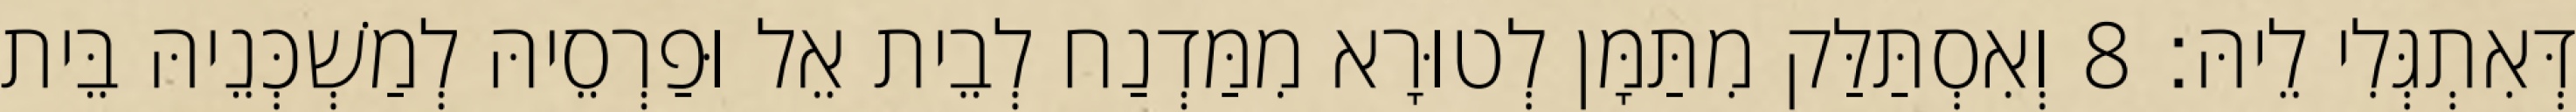
דְּאִתְגְּלִי לֵיהּ׃ 8 וְאִסְתַּלַּק מִתַּמָּן לְטוּרָא מִמַּדְנַח לְבֵית אֵל וּפַרְסֵיהּ לְמַשְׁכְּנֵיהּ בֵּית